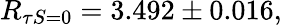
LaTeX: R_{\tau S=0}=3.492\pm 0.016{},